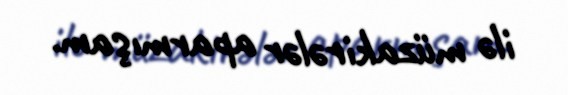
ilə müzakirələr aparmışam.